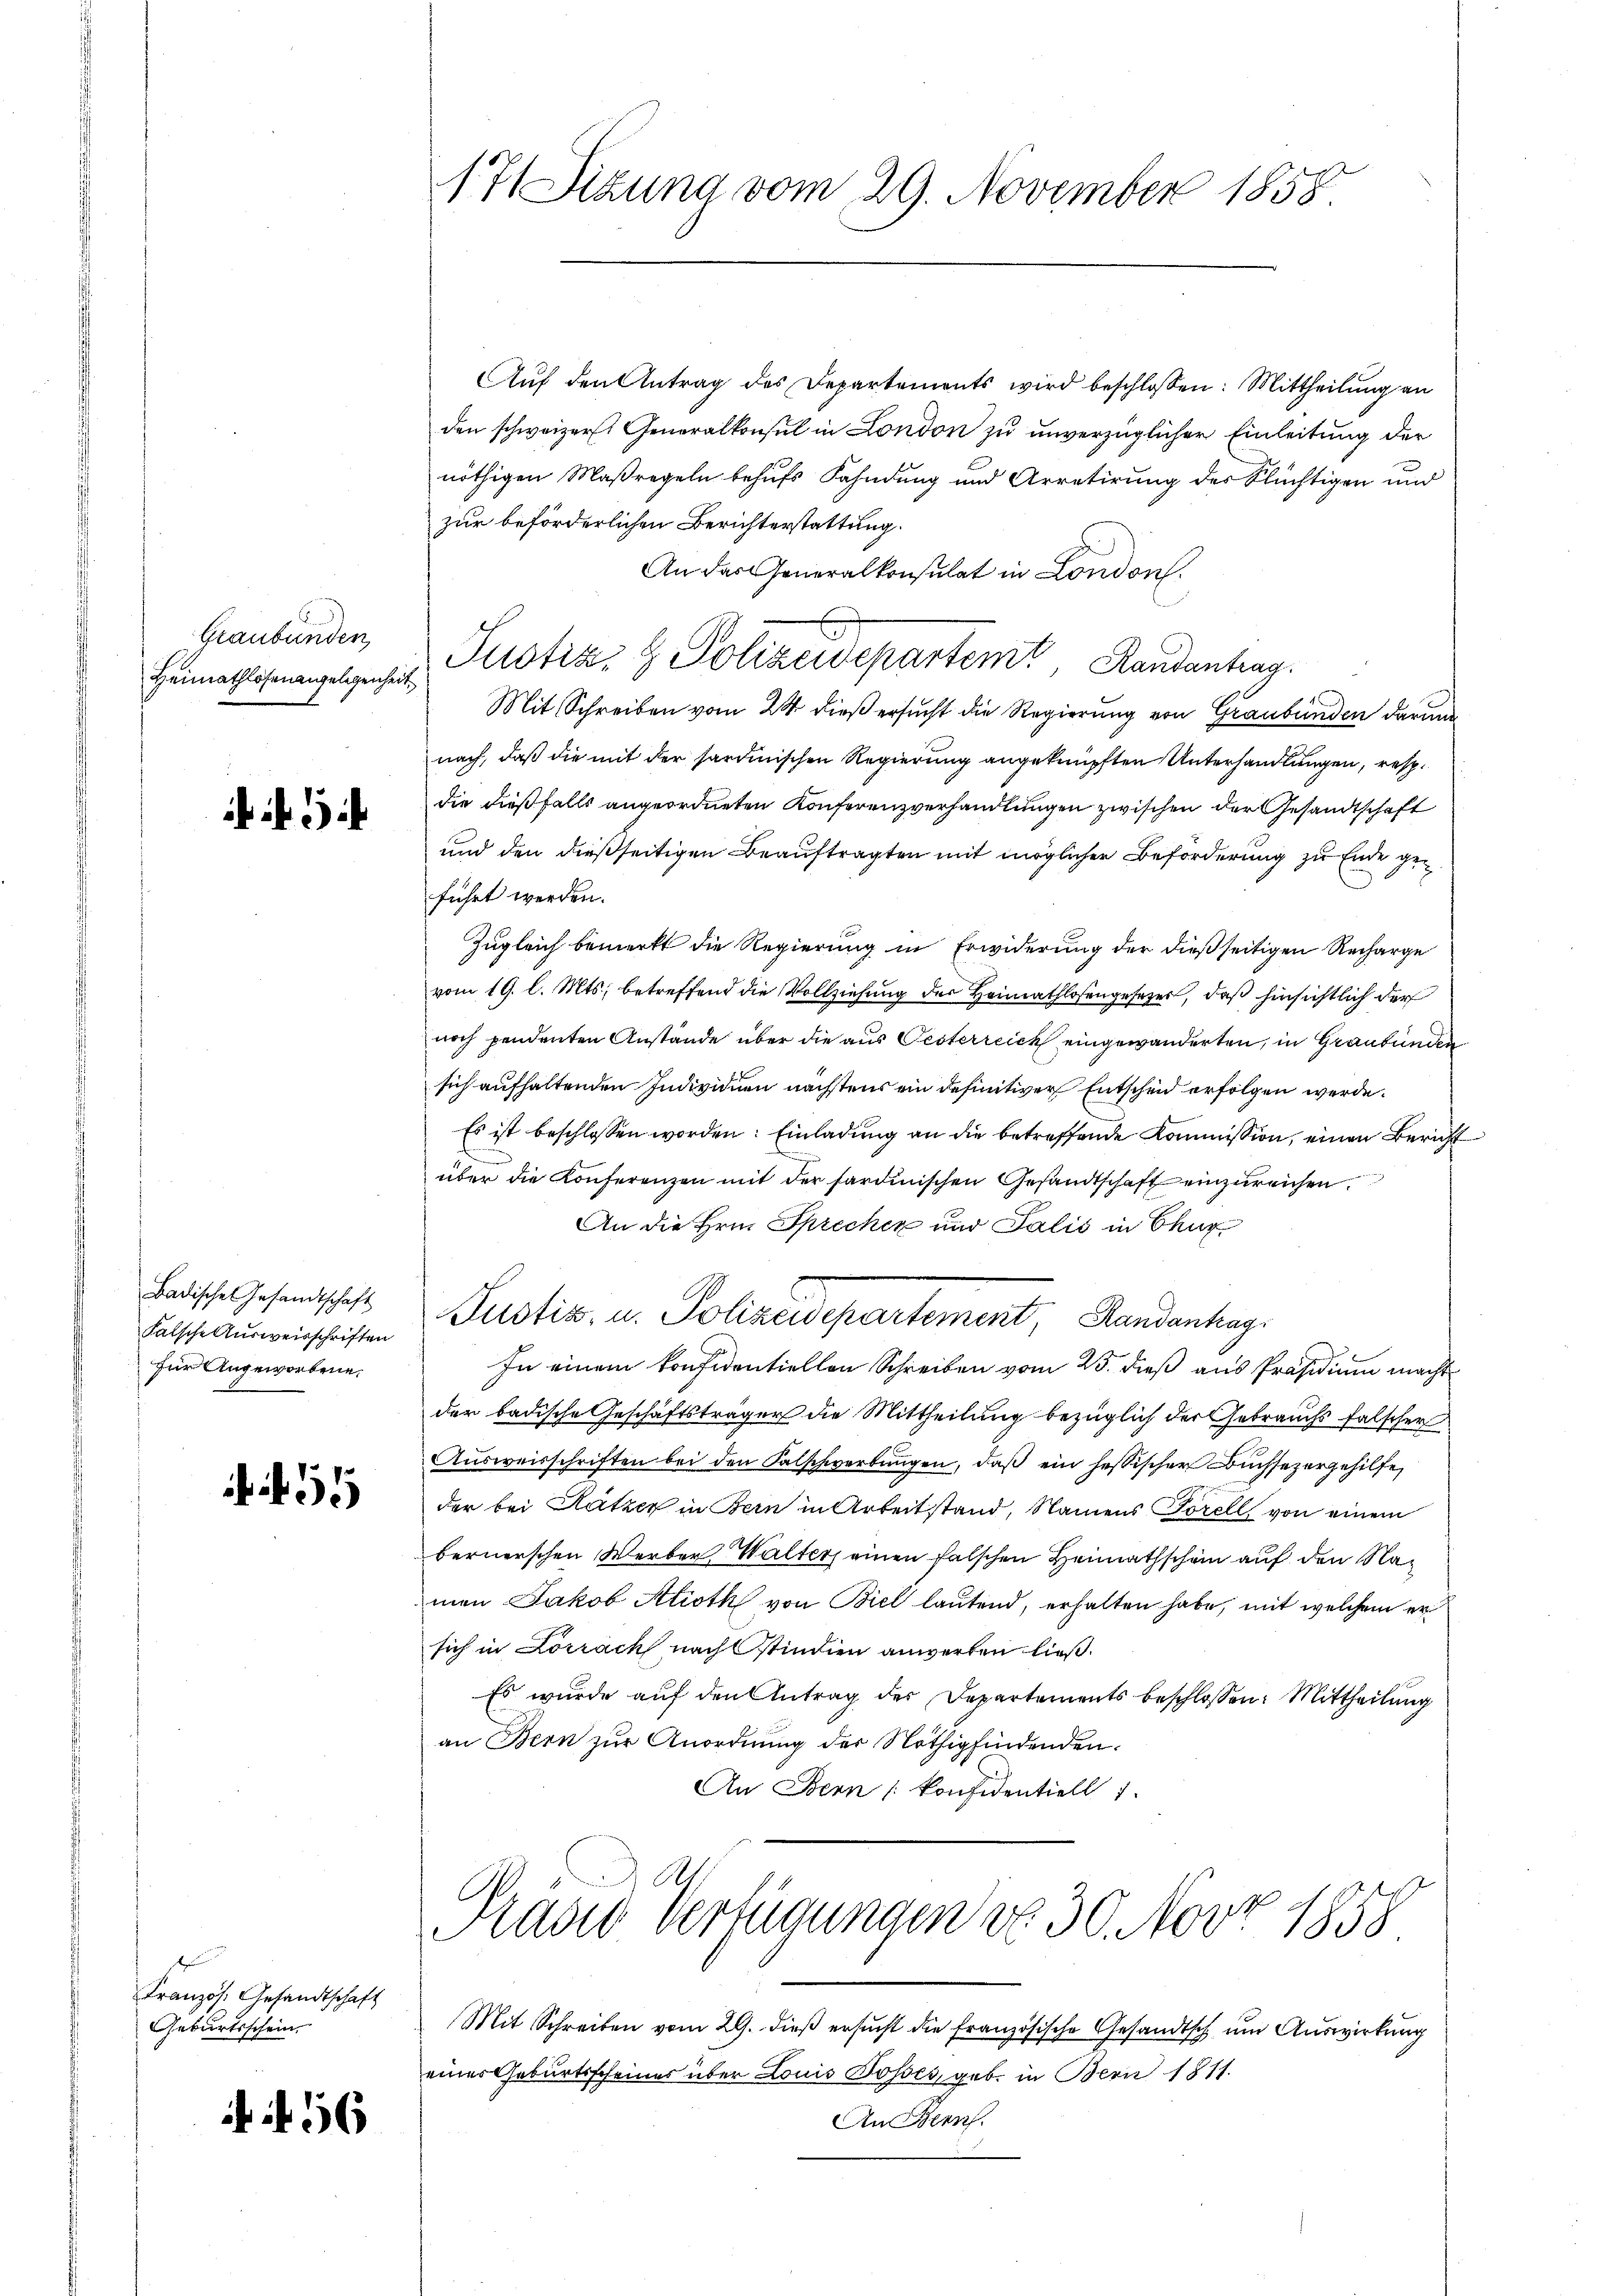
Graubünden

1

Badische Gesandtschaft
Falsche Ausweisschriften
für Angeworbene

51

Französ. Gesandtschaft
Geburtsschein

N 56

Auf den Antrag des Departements wird beschlossen: Mittheilung an
den schweizer. Generalkonsul in London zu unverzüglicher Einleitung der
nöthigen Maßregeln behufs Fahndung und Arretirung der Flüchtigen und
zur beförderlichen Berichterstattung.
An das Generalkonsulat in London.
Mit Schreiben vom 24. dieß ersucht die Regierung von Graubünden darum
nach, daß die mit der sardinischen Regierung angeknüpften Unterhandlungen, resp.
die dießfalls angeordneten Konferenzverhandlungen zwischen der Gesandtschaft
und den dießseitigen Beauftragten mit möglicher Beförderung zu Ende geführt werden.
Zugleich bemerkt die Regierung in Erwiderung der dießseitigen Recharge
vom 19. l. Mts., betreffend die Vollziehung der Heimathlosengesezer, daß hinsichtlich der
noch pendenten Anstände über die aus Oesterreich eingewanderten, in Graubünden
sich aufhaltenden Individuen nächstens ein definitiver Entscheid erfolgen werde.
Es ist beschlossen worden: Einladung an die betreffende Kommission, einen Bericht
d
über die Konferenzen mit der sardinischen Gesandtschaft einzureichen.
An die Hrn. Sprecher und Salis in Chur
Justiz- u. Polizeidepartement, Randankag
In einem konfidentiellen Schreiben vom 25. dieß aus Präsidium macht
der badische Geschäftsträger die Mittheilung bezüglich der Gebrauchs falscher
Aŭsweisschriften bei den Falschwerbŭngen, daβ ein hessischer Buchsezergehilfe,
der bei Katzer in Bern in Arbeitstand, Namens Forell, von einem
bernerschen Werber, Walter einen falschen Heimathschein auf den Namen Jakob Alioth von Biel lautend, erhalten habe, mit welchem er
sich in Lörrach nach stindien anwerben ließ.
Es wurde auf den Antrag der Departements beschlossen: Mittheilung
an Bern zur Anordnung der Nöthig findenden.
An Bern konfidentiell 1

171 Sizung vom 29. November 1858

Heimathlohnangelegenheit. Potiz & Polizeidepartem Randantrag.

Pravio Verfügungen do 30. Nov. 1858

Mit Schreiben vom 29. dieß ersucht die französische Gesandtsch um Auswirkung
eines Geburtsscheines über Louis Bosses, geb. in Bern 1811.
An Bren